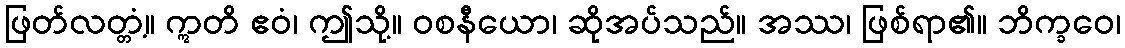
ဖြတ်လတ္တံ့။ ဣတိ ဧဝံ၊ ဤသို့။ ဝစနီယော၊ ဆိုအပ်သည်။ အဿ၊ ဖြစ်ရာ၏။ ဘိက္ခဝေ၊